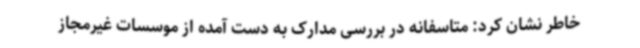
خاطر نشان کرد: متاسفانه در بررسی مدارک به دست آمده از موسسات غیرمجاز